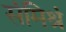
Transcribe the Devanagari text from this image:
संमिश्रं